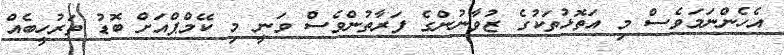
އެހެންނަމަވެސް މި އަތޮޅުތަކުގެ ޒުވާނުންގެ ފަރާތުންވެސް ވަނީ މި ކޭމްޕްއަށް ބޮޑު ތަރުހީބެއް